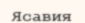
Ясавия